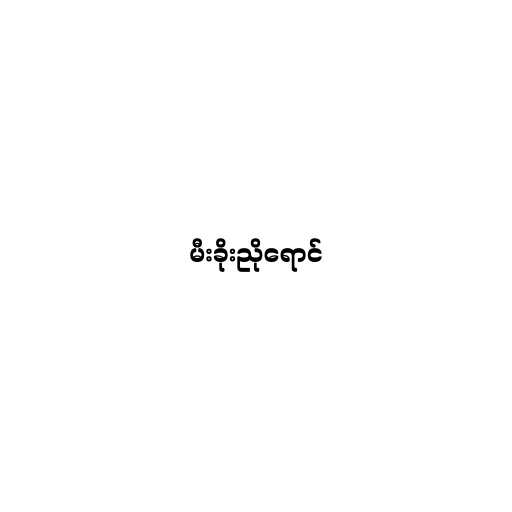
မီးခိုးညိုရောင်